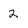
Character: 2